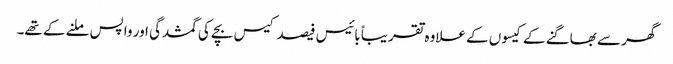
گھر سے بھاگنے کے کیسوں کے علاوہ تقریباً بائیس فیصد کیس بچے کی گمشدگی اور واپس ملنے کے تھے۔